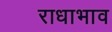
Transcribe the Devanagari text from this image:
राधाभाव